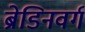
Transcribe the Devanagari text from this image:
ब्रेडिनवर्ग